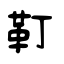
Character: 靪